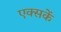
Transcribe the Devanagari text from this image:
एक्सकें